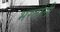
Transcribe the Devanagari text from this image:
भरतोली